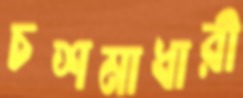
চশমাধারী